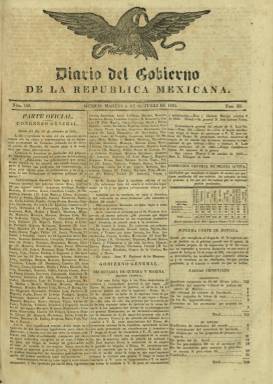
Título: Diario del Gobierno de la República Mexicana (1835)
Colección: Gacetas
Ámbito geográfico: México
Lugar de publicación: México
Fechas: 06/10/1835-28/02/1846

Tras la impresión de algunas gazetas en Nueva España anteriores, a partir de 1728 había iniciado su aparición regular la Gazeta de México, que entre finales de esta centuria y la primera década de la siguiente fue adquiriendo un carácter oficial del Virreinato, habiéndolo quedado completamente establecido cuando se produce la independencia en 1821. A partir de entonces, cada grupo político que alcanzaba el poder en México irá rebautizando el título del periódico oficial del Gobierno al objeto de darle al mismo un significado afín al tipo del nuevo Estado que iba constituyéndose. De tal forma que, tras haber adoptado, incluso, el nombre de El Telégrafo, desde el once de enero de 1833 al nueve de febrero de 1835, al día siguiente adoptó el de Diario del Gobierno de los Estados Unidos Mexicanos, iniciando nueva secuencia, hasta que desde el seis de octubre de ese año, y hasta el 28 de febrero de 1846, adopte el título Diario del Gobierno de la República Mexicana, manteniendo la secuencia del anterior y la paginación continuada.

Se producen estas modificaciones en la cabecera del diario oficial de México, en el año en el que se dio fin a su Constitución federal de 1824 y fue promulgada otra de corte centralista. En septiembre de 1835 se habían unido en una sola cámara, de carácter constituyente, el Congreso y el Senado, y, precisamente, el 23 de octubre, fue decretada una nueva reorganización del país, que quedará reafirmada en las denominadas Siete Leyes del treinta de diciembre de 1836, que provocaron los primeros conflictos separatistas, la independencia de Texas y los primeros de carácter internacional con Francia y Estados Unidos de América.

Las entregas de Diario del Gobierno de la República Mexicana (1835) serán de cuatro páginas, compuestas a tres columnas, estampadas en la Imprenta del Águila, dirigida por José Ximeno (o Jimeno), y publicará numerosos suplementos.  Entre el 17 de marzo al 30 de septiembre de 1839 reduce su título a simplemente Diario del Gobierno (tomo XIV).  Del uno de octubre de ese año hasta el 30 de junio de 1841 el título es modificado en su transcripción fonética y aparece como Diario del Gobierno de la República Mejicana (tomos XV-XXXIV). Asimismo, interrumpió su publicación en los periodos del 16 al 27 de julio de 1840 y del cinco de septiembre al siete de octubre de 1841. Durante el primero de ellos apareció un Boletín del Gobierno, y durante el segundo, un Boletín oficial, del que también se conoce una entrega del 26 de junio de 1850, de carácter federal.

Se estructura en las secciones Parte oficial (con información parlamentaria, gubernamental y de tribunales de Justicia); Parte no oficial, con noticias del exterior y del interior; las primeras procedentes de España, Francia, Portugal, etc., traducidas estas de periódicos de estos países, y las segundas, datadas en los diferentes departamentos mexicanos; y la sección Avisos, con informaciones sobre asuntos varios, como comercio, programación teatral, movimientos del transporte marítimo, ventas de libros, artículos remitidos, etc.). También incluirá un artículo de fondo. A partir del uno de febrero de 1846, será reorganizado el diario, que inicia nueva secuencia y empezará a ser compuesto a dos columnas.

Los gobiernos de carácter centralista del periodo duraron hasta este año 1846, en el que será proclamada la segunda república mexicana, de carácter federal de nuevo, lo que da lugar a una nueva modificación del título del periódico, denominándose desde el uno de marzo al cinco de agosto del 1846, Diario Oficial del Gobierno Mexicano, y tras una nueva revuelta militar, retomar el título de Diario del Gobierno de la República Mexicana, desde el seis de agosto de 1846 al 12 de septiembre de 1847.

Entre los estudios de la prensa mexicana, hay que citar los dedicados a su prensa oficial, de Martha Celis de la Cruz y Adriana Pineda Soto, y el de Luis Reed Torres dedicado a este periodo, pero especialmente la guía de los periódicos gubernamentales mexicanos (Mexican government publications) de la Biblioteca del Congreso de Estados Unidos, que Annita Melville Ker publica en 1940, y el volumen de las Publicaciones periódicas mexicanas del siglo XIX (1822-1855), del fondo antiguo de la Hemeroteca Nacional y del fondo reservado de la Biblioteca Nacional mexicanas, publicado en 2000.